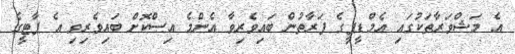
އެ މަޝްވަރާތަކުގައި އެމްޑީޕީގެ ފަރާތުން ބައިވެރިވާ އެންމެ އިސްކޮށް ބައިވެރިވި އެ ޕާޓީގެ